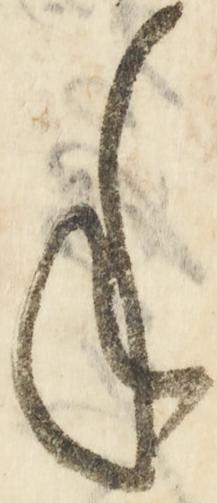
年